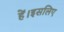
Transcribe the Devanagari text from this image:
हें।इसलिए